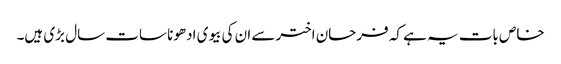
خاص بات یہ ہے کہ فرحان اخترسے ان کی بیوی ادھونا سات سال بڑی ہیں۔